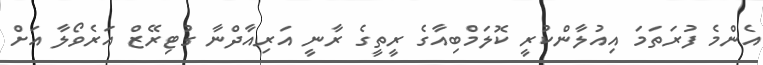
އެންމެ ފުރަތަމަ އިއުލާންކުރީ ކޮލަމްބިއާގެ ރީތީގެ ރާނީ އަރިއާދްނާ ގުޓިރޭޒް އަރެވޯލާ އަށް